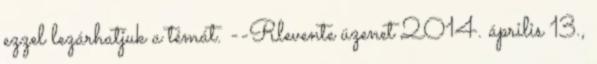
ezzel lezárhatjuk a témát. --Rlevente üzenet 2014. április 13.,